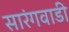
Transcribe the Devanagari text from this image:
सारंगवाडी